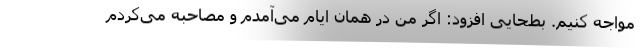
مواجه کنیم. بطحایی افزود: اگر من در همان ایام می‌آمدم و مصاحبه می‌کردم